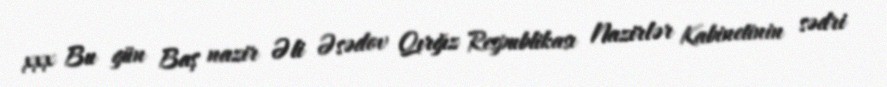
xxx Bu gün Baş nazir Əli Əsədov Qırğız Respublikası Nazirlər Kabinetinin sədri